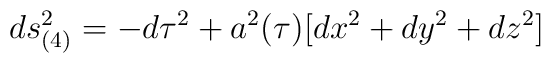
ds^2_{(4)}=-d\tau^2+a^2(\tau)[dx^2+dy^2+dz^2]